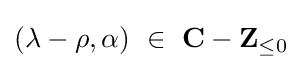
(\lambda -\rho ,\alpha )\ \in \ \mathbf {C} -\mathbf {Z} _{\leq 0}